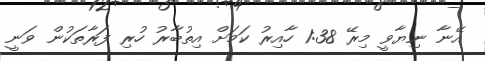
އޭނާ ނިޔާވީ މިރޭ 1:38 ހާއިރު ކަމަށް އިތުބާރު ހުރި ފަރާތަކުން ވަނީ